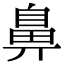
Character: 鼻